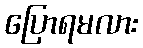
ပြောရမလား